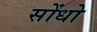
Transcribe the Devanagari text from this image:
सोंधो